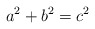
\begin{align*}a^2+b^2=c^2\end{align*}